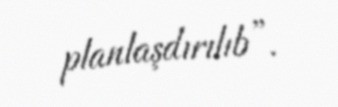
planlaşdırılıb”.